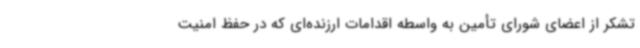
تشکر از اعضای شورای تأمین به واسطه اقدامات ارزنده‌ای که در حفظ امنیت